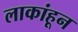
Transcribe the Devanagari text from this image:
लाकांहून